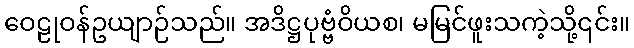
ဝေဠုဝန်ဥယျာဉ်သည်။ အဒိဋ္ဌပုဗ္ဗံဝိယစ၊ မမြင်ဖူးသကဲ့သို့၎င်း။